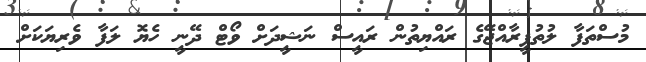
މުސްތަފާ ލުތުފީރާއްޖޭގެ ރައްޔިތުން ރައީސް ނަޝީދަށް ވޯޓް ދޭނީ ހެޔޮ ލަފާ ވެރިޔަކަށް